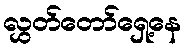
လွှတ်တော်ရှေ့နေ